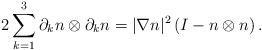
LaTeX: \begin{align*}2 \sum_{k=1}^3 \partial_k n \otimes \partial_k n = |\nabla n|^2 \left(I-n \otimes n\right).\end{align*}